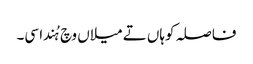
فاصلہ کوہاں تے میلاں وچ ہُندا سی۔